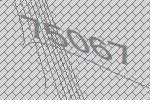
75067